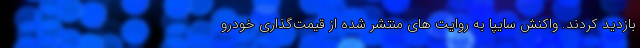
بازدید کردند. واکنش سایپا به روایت های منتشر شده از قیمت‌گذاری خودرو